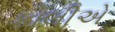
કાલીએ